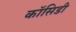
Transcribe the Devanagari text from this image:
कॉसिडी